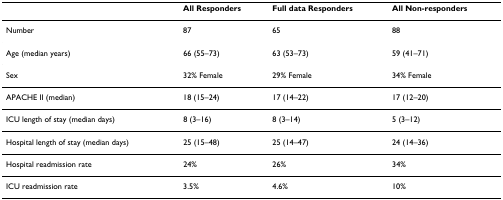
<table><thead><tr><td></td><td><b>All Responders</b></td><td><b>Full data Responders</b></td><td><b>All Non-responders</b></td></tr></thead><tbody><tr><td>Number</td><td>87</td><td>65</td><td>88</td></tr><tr><td>Age (median years)</td><td>66 (55–73)</td><td>63 (53–73)</td><td>59 (41–71)</td></tr><tr><td>Sex</td><td>32% Female</td><td>29% Female</td><td>34% Female</td></tr><tr><td>APACHE II (median)</td><td>18 (15–24)</td><td>17 (14–22)</td><td>17 (12–20)</td></tr><tr><td>ICU length of stay (median days)</td><td>8 (3–16)</td><td>8 (3–14)</td><td>5 (3–12)</td></tr><tr><td>Hospital length of stay (median days)</td><td>25 (15–48)</td><td>25 (14–47)</td><td>24 (14–36)</td></tr><tr><td>Hospital readmission rate</td><td>24%</td><td>26%</td><td>34%</td></tr><tr><td>ICU readmission rate</td><td>3.5%</td><td>4.6%</td><td>10%</td></tr></tbody></table>